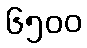
၆၅၀၀